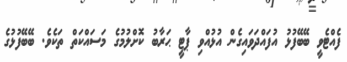
ފެއްޓެވީ ބޭބޭފުޅު އުފައްދަވައިގެން އުޅުއްވި ޕާޓީ ޙަރާބު ކޮށްލުމުގެ މަސައްކަތް ތަކެވެ. ބޭބޭފުޅުގެ